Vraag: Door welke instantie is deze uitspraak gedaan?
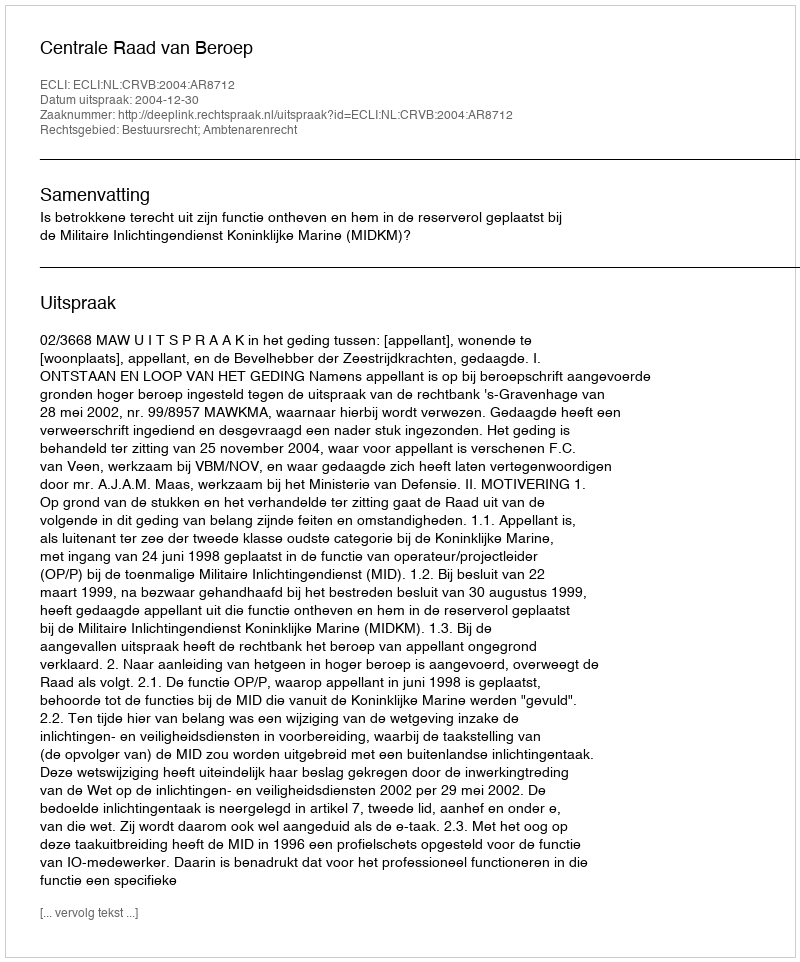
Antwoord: Centrale Raad van Beroep